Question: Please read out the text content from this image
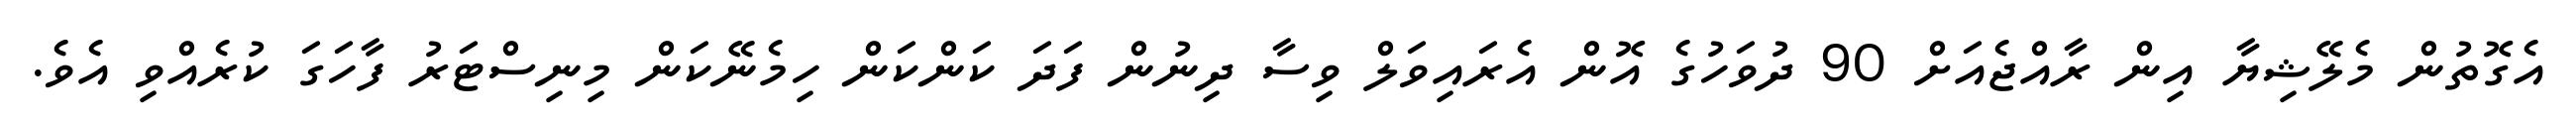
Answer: އެގޮތުން މެލޭޝިޔާ އިން ރާއްޖެއަށް 90 ދުވަހުގެ އޮން އެރައިވަލް ވިސާ ދިނުން ފަދަ ކަންކަން ހިމެނޭކަން މިނިސްޓަރު ފާހަގަ ކުރެއްވި އެވެ.